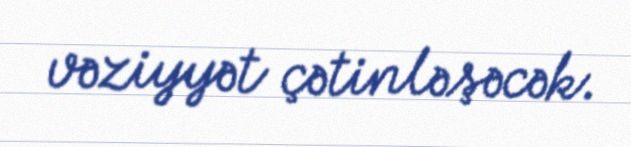
vəziyyət çətinləşəcək.